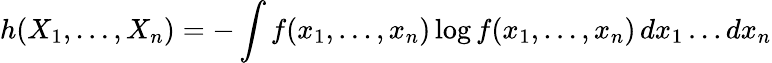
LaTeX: h(X_{1},\ldots,X_{n})=-\int f(x_{1},\ldots,x_{n})\log f(x_{1},\ldots,x_{n})\, dx_{1}\ldots dx_{n}